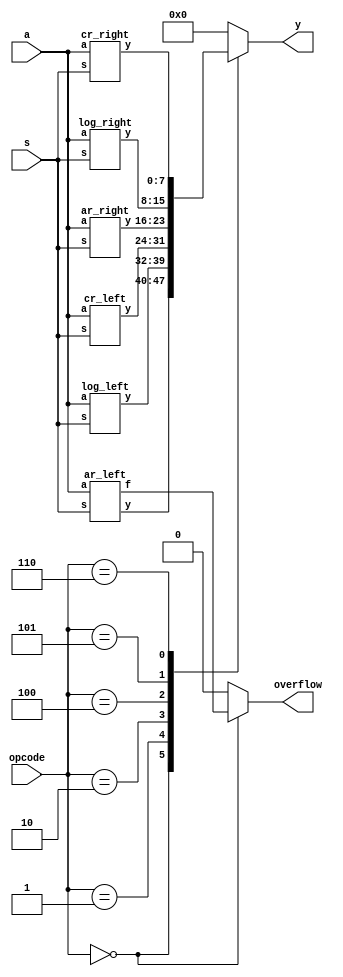
`timescale 1ns / 1ps


module barrel_shifter(a,s,opcode,y,overflow);

 input [7:0] a;
    input [2:0] s,opcode;
    output reg [7:0] y;
    output reg overflow;
    wire [7:0] t1,t2,t3,t4,t5,t6;
    wire flag;


    ar_left al(a,s,t1,flag);
    log_left ll(a,s,t2);
    cr_left cl(a,s,t3);
    ar_right ar(a,s,t4);
    log_right lr(a,s,t5);
    cr_right cr(a,s,t6);

    parameter [2:0]
    ARLEFT = 3'b000,
    LOGLEFT = 3'b001,
    CRLEFT = 3'b010,
    ARRIGHT = 3'b100,
    LOGRIGHT = 3'b101,
    CRRIGHT = 3'b110;

    always@(*)
    begin
        case(opcode)
            ARLEFT: begin
                y = t1;
                overflow = flag;
            end

            LOGLEFT: begin
                y = t2;
                overflow = 1'b0;
            end

            CRLEFT: begin
                y = t3;
                overflow = 1'b0;
            end

            ARRIGHT: begin
                y = t4;
                overflow = 1'b0;
            end

            LOGRIGHT: begin
                y = t5;
                overflow = 1'b0;
            end

            CRRIGHT: begin
                y = t6;
                overflow = 1'b0;
            end

            default: begin

                y = 8'd0;
                overflow = 1'b0;

            end
        endcase
    end

endmodule

module log_right(a,s,y);

    input [7:0] a;
    input [2:0] s;
    output [7:0] y;

    wire [7:0] p1,p2,a2,b1,b2;
    // 4 bit shift
    assign a2 = {{4{1'b0}},a[7],a[6],a[5],a[4]};

    genvar i;

    generate
        for(i=0;i<8;i=i+1) begin: logright3

            mux21 lr3 (a[i],a2[i],s[2],p1[i]);

        end
    endgenerate



    //2 bit shift
    assign p2 = {{2{1'b0}},p1[7],p1[6],p1[5],p1[4],p1[3],p1[2]};

    genvar j;

    generate
        for(j=0;j<8;j=j+1) begin: logright2

            mux21 lr2 (p1[j],p2[j],s[1],b1[j]);

        end
    endgenerate



    //1 bit shift

    assign b2 = {1'b0,p1[7],b1[6],b1[5],b1[4],b1[3],b1[2],b1[1]};

    genvar k;

    generate
        for(k=0;k<8;k=k+1) begin: logright1

            mux21 lr1 (b1[k],b2[k],s[0],y[k]);

        end
    endgenerate

endmodule

module log_left(a,s,y);

    input [7:0] a;
    input [2:0] s;
    output [7:0] y;

    wire [7:0] p1,p2,a2,b1,b2;
    //4 bit shift
    assign a2 = {a[4],a[3],a[2],a[0],{4{1'b0}}};

    genvar i;

    generate
        for(i=0;i<8;i=i+1) begin: logleft3

            mux21 ll3 (a[i],a2[i],s[2],p1[i]);

        end
    endgenerate



    //2 bit shift
    assign p2 = {p1[5],p1[4],p1[3],p1[2],p1[1],p1[0],{2{1'b0}}};


    genvar j;

    generate
        for(j=0;j<8;j=j+1) begin: logleft2

            mux21 ll2 (p1[j],p2[j],s[1],b1[j]);

        end
    endgenerate



    //1 bit shift

    assign b2 = {b1[6],b1[5],b1[4],b1[3],b1[2],b1[1],b1[0],1'b0};

    genvar k;

    generate
        for(k=0;k<8;k=k+1) begin: logleft1

            mux21 ll1 (b1[k],b2[k],s[0],y[k]);

        end
    endgenerate

endmodule

module ar_left(a,s,y,f);

    input [7:0] a;
    input [2:0] s;
    output [7:0] y;
    output f;

    wire [7:0] p1,p2,a2,b1,b2;
    //4 bit shifft
    assign a2 = {a[3],a[2],a[1],a[0],{4{1'b0}}};

    genvar i;

    generate
        for(i=0;i<8;i=i+1) begin: arleft3

            mux21 al3 (a[i],a2[i],s[2],p1[i]);

        end
    endgenerate



    //2 bit shift
    assign p2 = {p1[5],p1[4],p1[3],p1[2],p1[1],p1[0],{2{1'b0}}};


    genvar j;

    generate
        for(j=0;j<8;j=j+1) begin: arleft2

            mux21 al2 (p1[j],p2[j],s[1],b1[j]);

        end
    endgenerate



    //1 bit shift

    assign b2 = {b1[6],b1[5],b1[4],b1[3],b1[2],b1[1],b1[0],1'b0};

    genvar k;

    generate
        for(k=0;k<8;k=k+1) begin: arleft1

            mux21 al1 (b1[k],b2[k],s[0],y[k]);

        end
    endgenerate

    assign f=a[7]^y[7];
endmodule

module ar_right(a,s,y);

    input [7:0] a;
    input [2:0] s;
    output [7:0] y;

    wire [7:0] p1,p2,a2,b1,b2;
    //4 bit shift
    assign a2 = {{4{a[7]}},a[7],a[6],a[5],a[4]};

    genvar i;

    generate
        for(i=0;i<8;i=i+1) begin: arright3

            mux21 ar3 (a[i],a2[i],s[2],p1[i]);

        end
    endgenerate



    //2 bit shift
    assign p2 = {{2{p1[7]}},p1[7],p1[6],p1[5],p1[4],p1[3],p1[2]};


    genvar j;

    generate
        for(j=0;j<8;j=j+1) begin: arright2

            mux21 ar2 (p1[j],p2[j],s[1],b1[j]);

        end
    endgenerate



    //1 bit shift

    assign b2 = {b1[7],b1[7],b1[6],b1[5],b1[4],b1[3],b1[2],b1[1]};

    genvar k;

    generate
        for(k=0;k<8;k=k+1) begin: arright1

            mux21 ar1 (b1[k],b2[k],s[0],y[k]);

        end
    endgenerate
endmodule

module cr_right(a,s,y);

    input [7:0] a;
    input [2:0] s;
    output [7:0] y;

    wire [7:0] p1,p2,a2,b1,b2;

    //4 bit shift
    assign a2 = {a[3],a[2],a[1],a[0],a[7],a[6],a[5],a[4]};

    genvar i;

    generate
        for(i=0;i<8;i=i+1) begin: crright3

            mux21 cr3 (a[i],a2[i],s[2],p1[i]);

        end
    endgenerate



    //2 bit shift
    assign p2 = {p1[1],p1[0],p1[7],p1[6],p1[5],p1[4],p1[3],p1[2]};


    genvar j;

    generate
        for(j=0;j<8;j=j+1) begin: crright2

            mux21 cr2 (p1[j],p2[j],s[1],b1[j]);

        end
    endgenerate



    //1 bit shift

    assign b2 = {b1[0],b1[7],b1[6],b1[5],b1[4],b1[3],b1[2],b1[1]};

    genvar k;

    generate
        for(k=0;k<8;k=k+1) begin: crright1

            mux21 cr1 (b1[k],b2[k],s[0],y[k]);

        end
    endgenerate

endmodule

module cr_left(a,s,y);

    input [7:0] a;
    input [2:0] s;
    output [7:0] y;

    wire [7:0] p1,p2,a2,b1,b2;

    //4 bit shift
    assign a2 = {a[4],a[3],a[2],a[0],a[7],a[6],a[5]};

    genvar i;

    generate
        for(i=0;i<8;i=i+1) begin: crleft3

            mux21 cl3 (a[i],a2[i],s[2],p1[i]);

        end
    endgenerate



    //2 bit shift
    assign p2 = {p1[5],p1[4],p1[3],p1[2],p1[1],p1[0],p1[7],p1[6]};


    genvar j;

    generate
        for(j=0;j<8;j=j+1) begin: crleft2

            mux21 cl2 (p1[j],p2[j],s[1],b1[j]);

        end
    endgenerate



    //1 bit shift

    assign b2 = {b1[6],b1[5],b1[4],b1[3],b1[2],b1[1],b1[0],b1[7]};

    genvar k;

    generate
        for(k=0;k<8;k=k+1) begin: crleft1

            mux21 cl1 (b1[k],b2[k],s[0],y[k]);

        end
    endgenerate
endmodule

module mux21(a,b,s,o);
    input a,b,s;
    output reg o;
    always@(*)
    begin
        o = (a&~s) | (b&s);
    end
endmodule